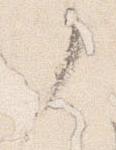
了